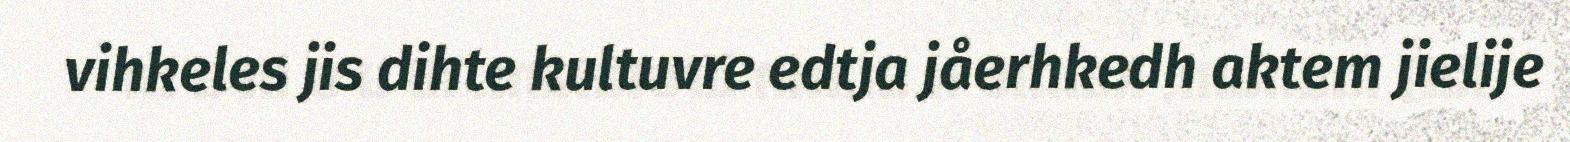
vihkeles jis dihte kultuvre edtja jåerhkedh aktem jielije